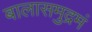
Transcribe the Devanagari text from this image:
बालासमुद्रमं